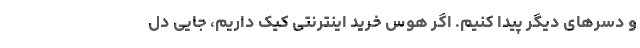
و دسرهای دیگر پیدا کنیم. اگر هوس خرید اینترنتی کیک داریم، جایی دل